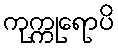
ကုက္ကုရောပိ